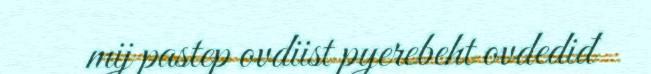
mij pastep ovdiist pyerebeht ovdediđ